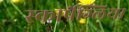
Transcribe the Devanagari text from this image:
स्कार्पेग्लिया